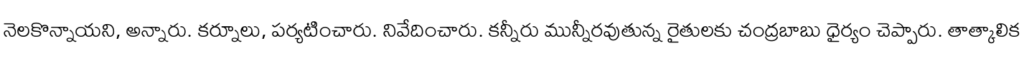
నెలకొన్నాయని, అన్నారు. కర్నూలు, పర్యటించారు. నివేదించారు. కన్నీరు మున్నీరవుతున్న రైతులకు చంద్రబాబు ధైర్యం చెప్పారు. తాత్కాలిక